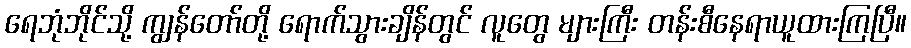
ရေဘုံဘိုင်သို့ ကျွန်တော်တို့ ရောက်သွားချိန်တွင် လူတွေ များကြီး တန်းစီနေရာယူထားကြပြီ။